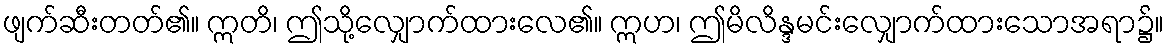
ဖျက်ဆီးတတ်၏။ ဣတိ၊ ဤသို့လျှောက်ထားလေ၏။ ဣဟ၊ ဤမိလိန္ဒမင်းလျှောက်ထားသောအရာ၌။